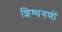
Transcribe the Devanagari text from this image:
शिश्यगणों